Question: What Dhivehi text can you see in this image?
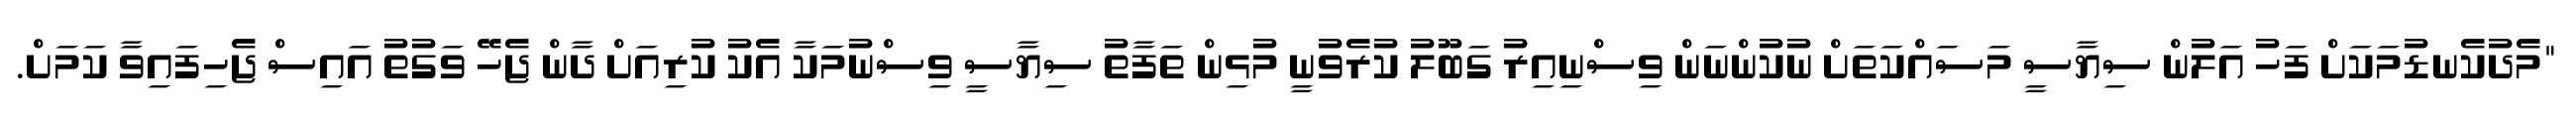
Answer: "މެދުކެނޑުމަކަށް ފަހު އަލުން ސިޔާސީ މަސައްކަތަށް ނުކުންނަން ވިސްނިއިރު ގަބޫލު ކުރެވުނީ މުޅިން ތަފާތު ސިޔާސީ ވިސްނުމަކާ އެކު ކުރިއަށް ދާން ޖެހޭ ވަގުތު އައިސް ޖެހިފައިވާ ކަމަށް.